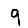
Digit: 9